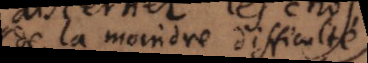
de la moindre difficulté